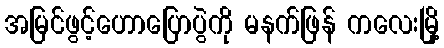
အမြင်ဖွင့်ဟောပြောပွဲကို မနက်ဖြန် ကလေးမြို့